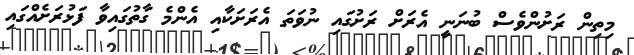
މިތިން ރަށުންވެސް ބުނަނީ އެރަށް ރަށުގައި ނުވަަތަ އެރަށަކާއި އެންމެ ގާތުގައިވާ ފަޅުރަށެއްގައި